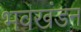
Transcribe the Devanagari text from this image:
भवखंडन